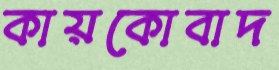
কায়কোবাদ